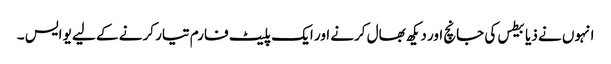
انہوں نے ذیابیطس کی جانچ اور دیکھ بھال کرنے اور ایک پلیٹ فارم تیار کرنے کے لیے یو ایس ۔